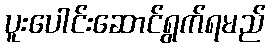
ပူးပေါင်းဆောင်ရွက်ရမည်